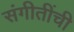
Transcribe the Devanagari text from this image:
संगीतींची